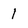
Character: 1